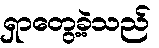
ရှာတွေ့ခဲ့သည်